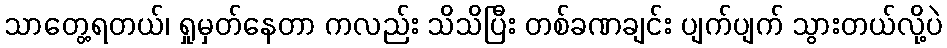
သာတွေ့ရတယ်၊ ရှုမှတ်နေတာ ကလည်း သိသိပြီး တစ်ခဏချင်း ပျက်ပျက် သွားတယ်လို့ပဲ